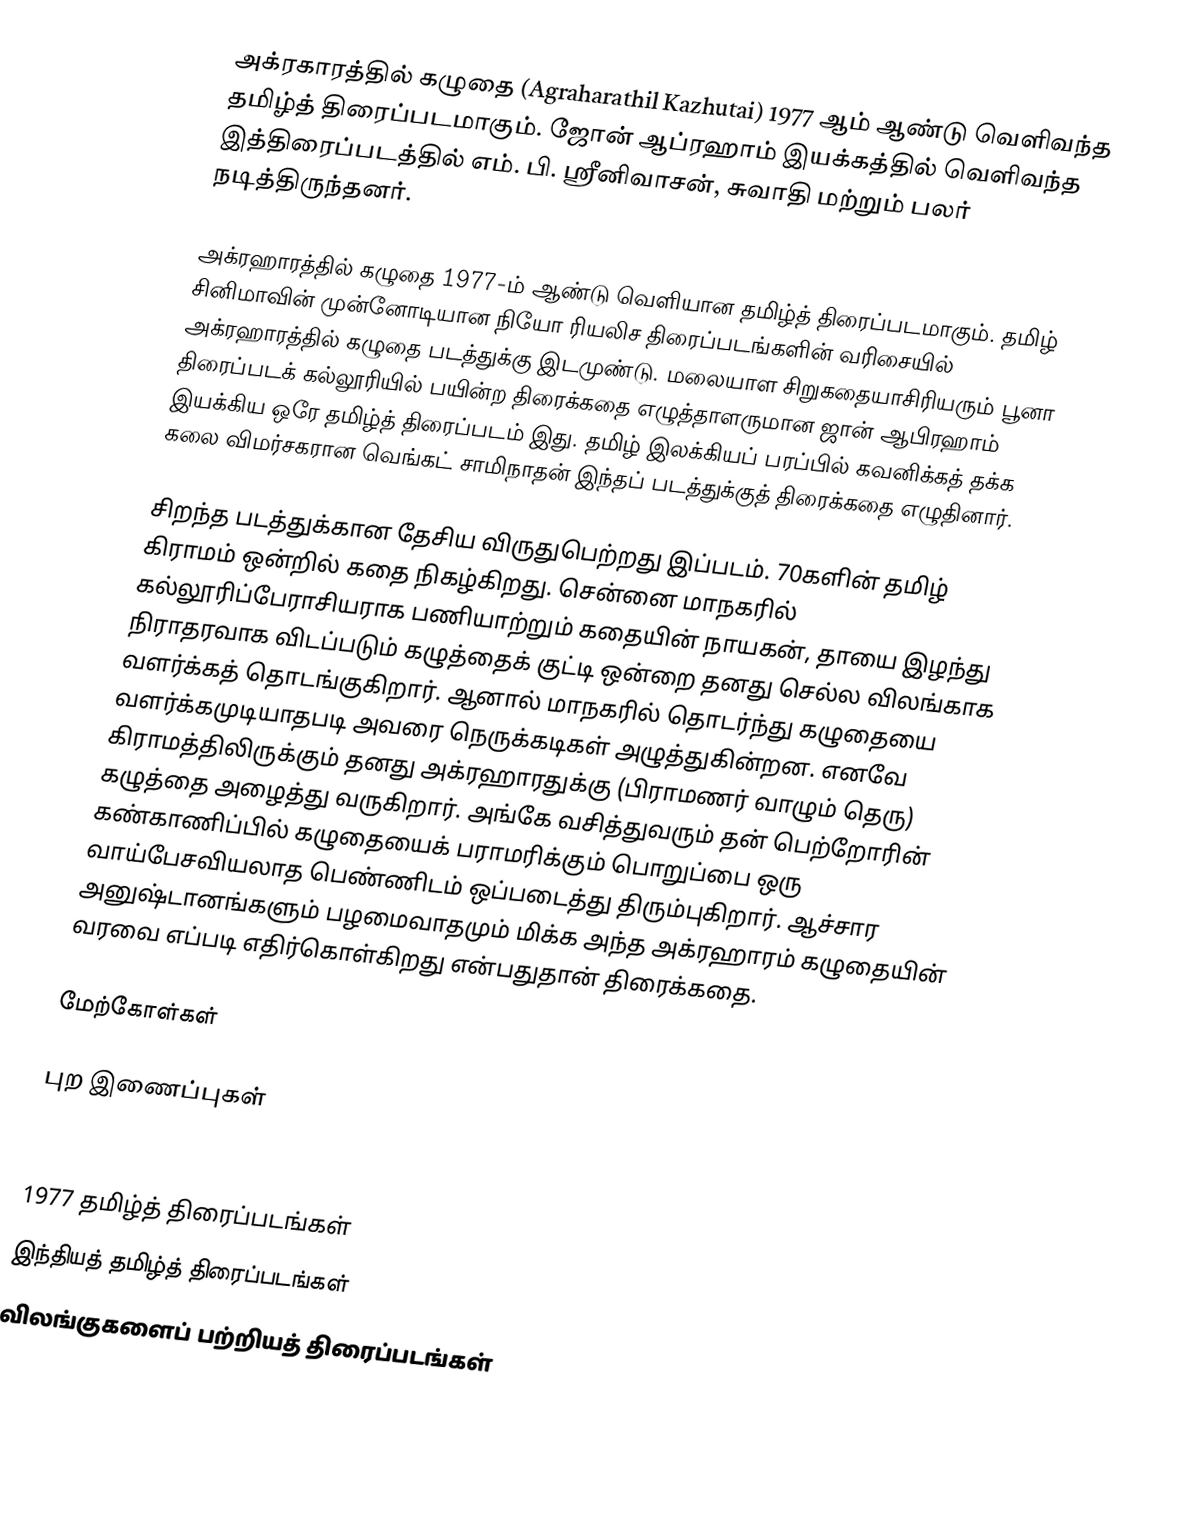
அக்ரகாரத்தில் கழுதை  (Agraharathil Kazhutai) 1977 ஆம் ஆண்டு வெளிவந்த தமிழ்த் திரைப்படமாகும். ஜோன் ஆப்ரஹாம் இயக்கத்தில் வெளிவந்த இத்திரைப்படத்தில் எம். பி. ஸ்ரீனிவாசன், சுவாதி மற்றும் பலர் நடித்திருந்தனர்.

அக்ரஹாரத்தில் கழுதை 1977-ம் ஆண்டு வெளியான தமிழ்த் திரைப்படமாகும். தமிழ் சினிமாவின் முன்னோடியான நியோ ரியலிச திரைப்படங்களின் வரிசையில் அக்ரஹாரத்தில் கழுதை படத்துக்கு இடமுண்டு. மலையாள சிறுகதையாசிரியரும் பூனா திரைப்படக் கல்லூரியில் பயின்ற திரைக்கதை எழுத்தாளருமான ஜான் ஆபிரஹாம் இயக்கிய ஒரே தமிழ்த் திரைப்படம் இது. தமிழ் இலக்கியப் பரப்பில் கவனிக்கத் தக்க கலை விமர்சகரான வெங்கட் சாமிநாதன் இந்தப் படத்துக்குத் திரைக்கதை எழுதினார்.

சிறந்த படத்துக்கான தேசிய விருதுபெற்றது இப்படம். 70களின் தமிழ் கிராமம் ஒன்றில் கதை நிகழ்கிறது. சென்னை மாநகரில் கல்லூரிப்பேராசியராக பணியாற்றும் கதையின் நாயகன், தாயை இழந்து நிராதரவாக விடப்படும் கழுத்தைக் குட்டி ஒன்றை தனது செல்ல விலங்காக வளர்க்கத் தொடங்குகிறார். ஆனால் மாநகரில் தொடர்ந்து கழுதையை வளர்க்கமுடியாதபடி அவரை நெருக்கடிகள் அழுத்துகின்றன. எனவே கிராமத்திலிருக்கும் தனது அக்ரஹாரதுக்கு (பிராமணர் வாழும் தெரு) கழுத்தை அழைத்து வருகிறார். அங்கே வசித்துவரும் தன் பெற்றோரின் கண்காணிப்பில் கழுதையைக் பராமரிக்கும் பொறுப்பை ஒரு வாய்பேசவியலாத பெண்ணிடம் ஒப்படைத்து திரும்புகிறார். ஆச்சார அனுஷ்டானங்களும் பழமைவாதமும் மிக்க அந்த அக்ரஹாரம் கழுதையின் வரவை எப்படி எதிர்கொள்கிறது என்பதுதான் திரைக்கதை.

மேற்கோள்கள்

புற இணைப்புகள்

1977 தமிழ்த் திரைப்படங்கள்
இந்தியத் தமிழ்த் திரைப்படங்கள்
விலங்குகளைப் பற்றியத் திரைப்படங்கள்